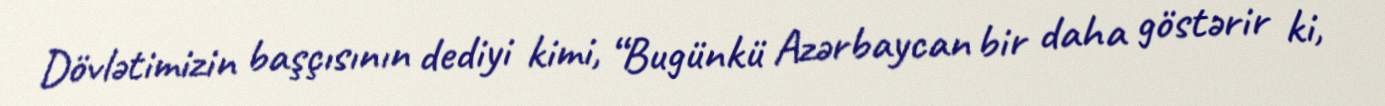
Dövlətimizin başçısının dediyi kimi, “Bugünkü Azərbaycan bir daha göstərir ki,